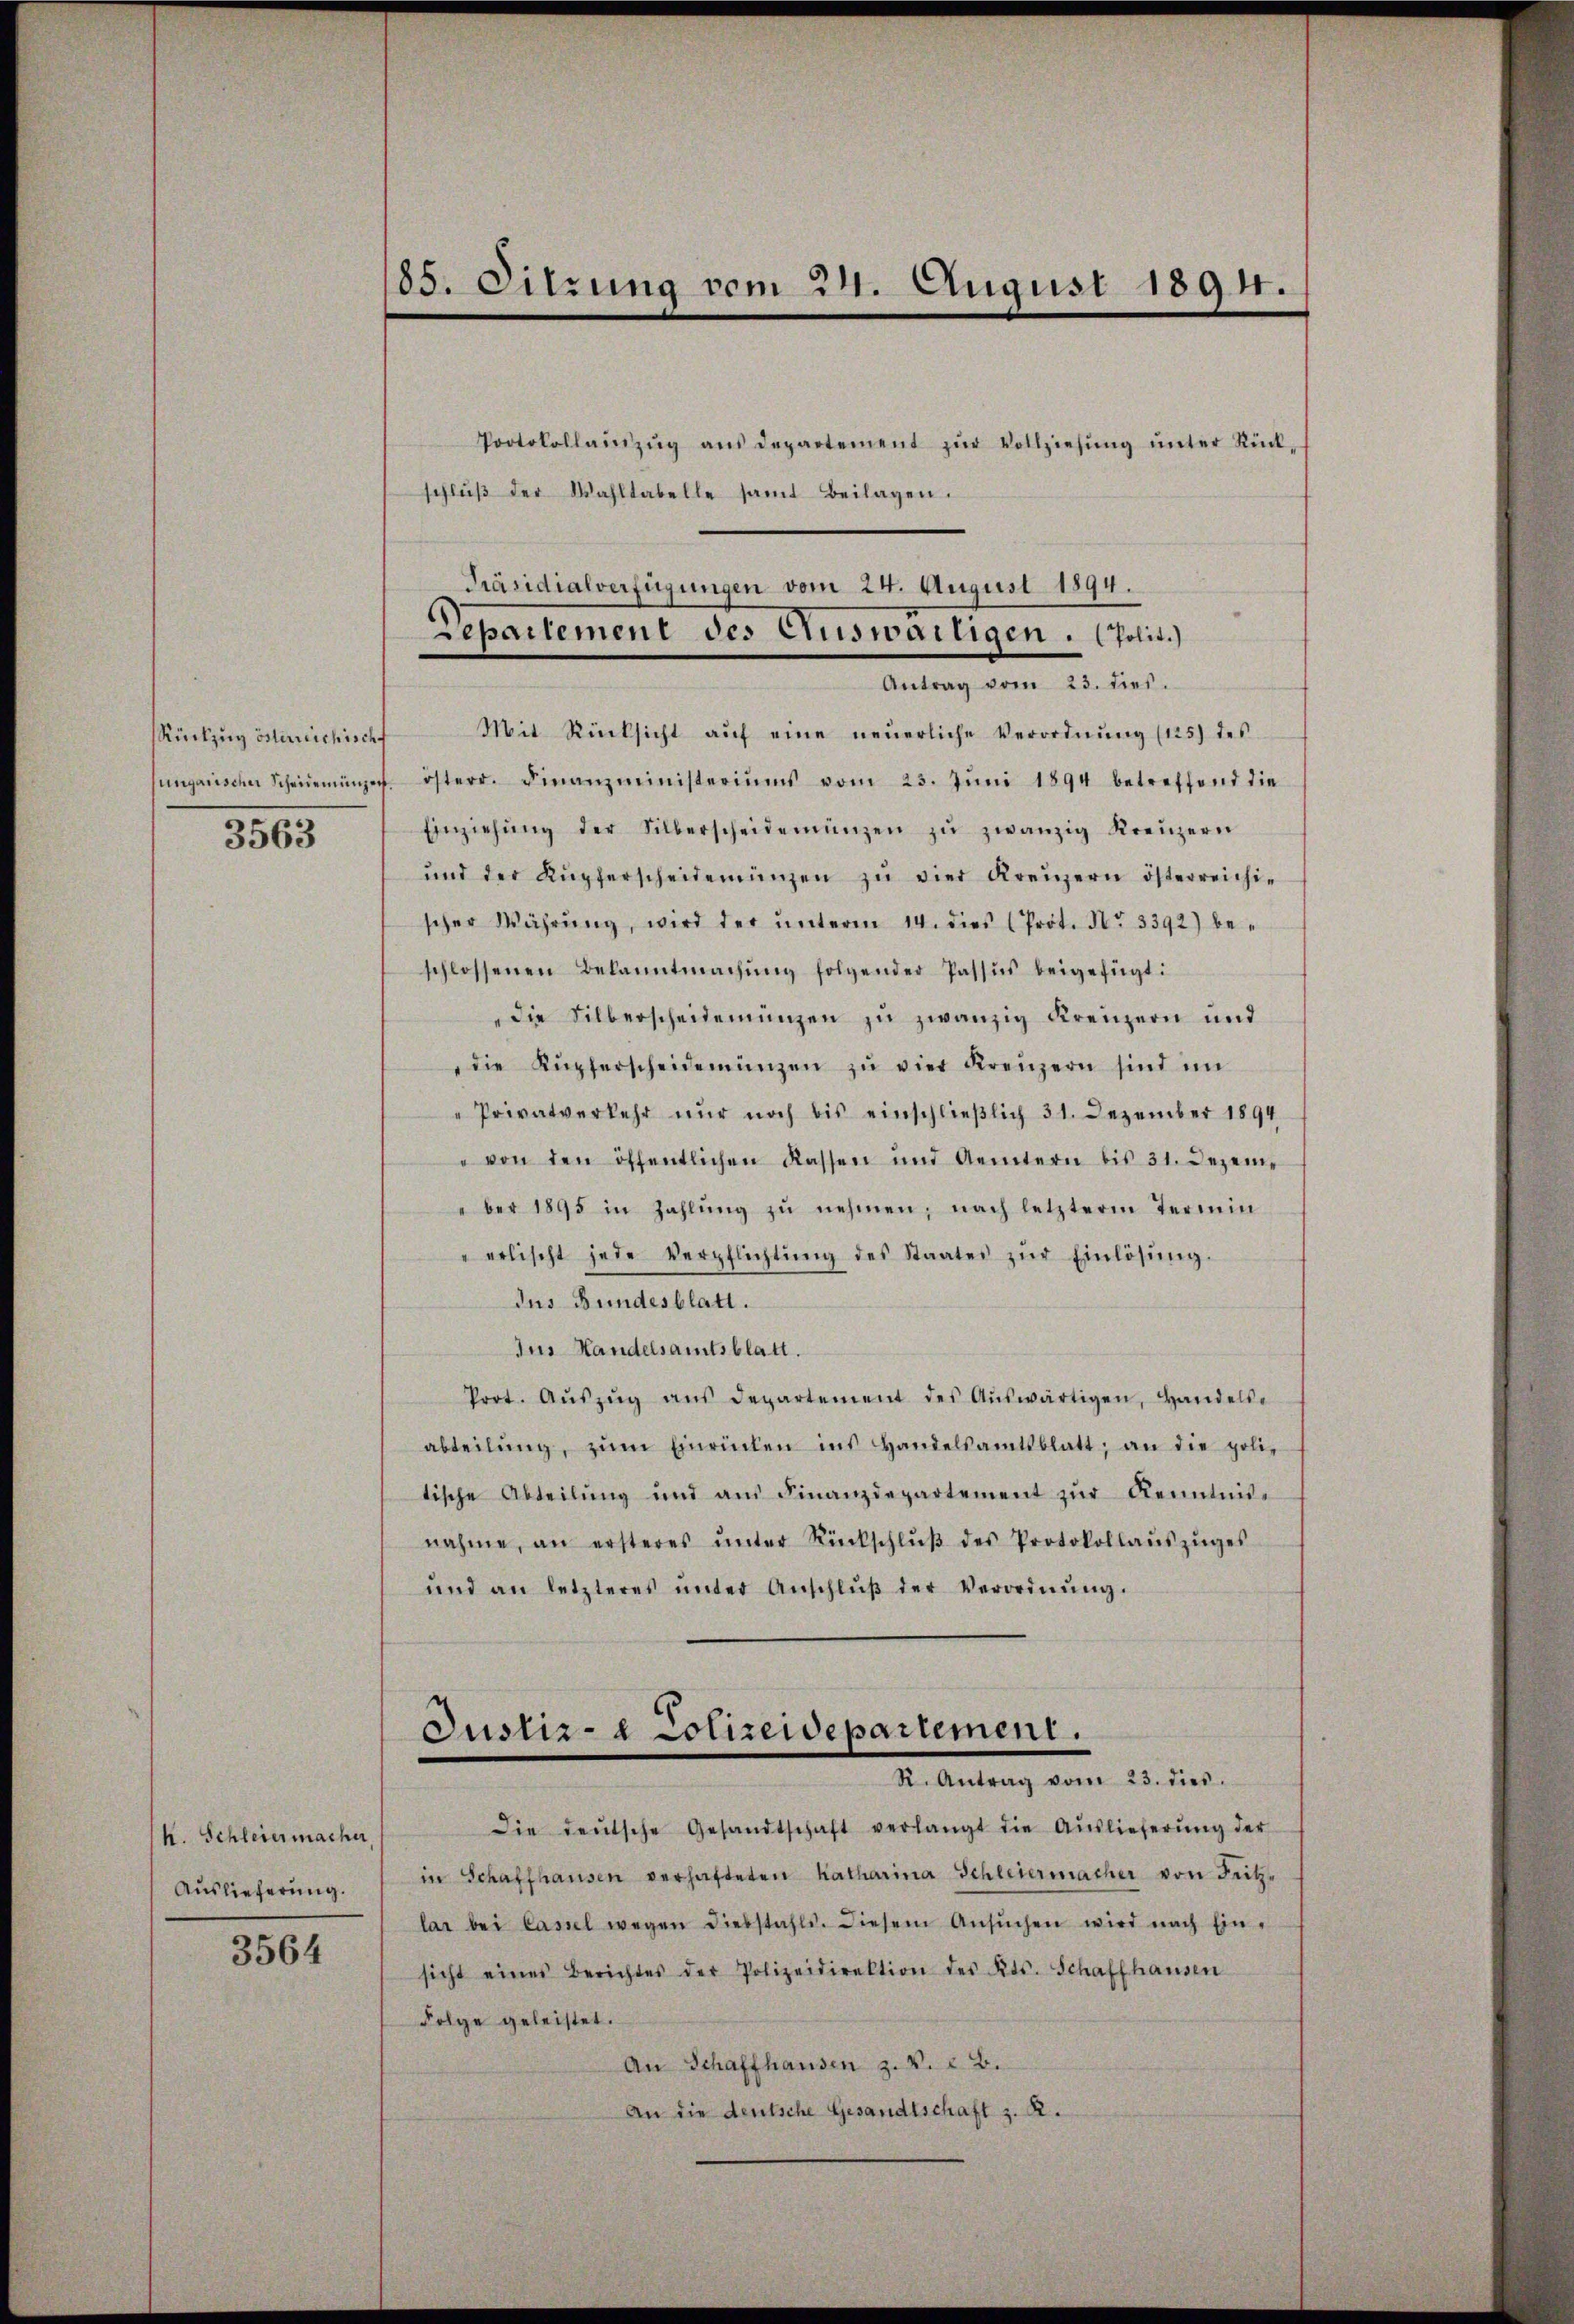
Rückzug verreichischf
3563

k. Schleiermacher,
Auslieferung.

3564

Protokollaŭzŭg aŭs departement zŭr Vollziehŭng ŭnter Rück-
schlŭβ der Wahltabelle samt Beilagen.
Antrag vom 23. dies.
Mit Rücksicht aŭf eine neuerliche Verordnŭng (125) des
ungarischer Scheinemünzen österr. Finanzministeriums vom 23. Jŭni 1894 betreffend die
Einziehŭng der Silberscheidemünzen zŭ zwanzig Kreuzern
ŭnd der Kupferscheidemünzen zŭ vier Kreŭzern österreichi-
scher Währŭng, wird der ŭnterm 14. dies (Prot. Nr. 3392) be-
schlossenen Bekanntmachŭng folgender Passus beigefügt:
die Silberscheidemungen zu zwanzig Kreuzern und
die Kupferscheidemünzen zŭ vier Kreuzern sind im
"Privatverkehr nur noch bis einschlieβlich 31. Dezember 1894
" von den öffentlichen Kassen und Aemtern bis 31. Dezem
ber 1895 in Zahlŭng zŭ nehmen; nach letzterm Termin
erlischt jede Verpflichtŭng des Staates zŭr Einlösung.
dus Bundesblatt.
Ius Handelsamtsblatt.
Prot. Aŭszŭg aŭs departement des Aŭswärtigen, Handels-
abteilŭng, zŭm Einrücken ins Handelsamtsblatt, an die poli-
tische Abteilŭng und am Finanzdepartement zŭr Kenntnis-
nahme, an ersteres ŭnter Rückschlŭβ des Protokollaŭszŭges
ŭnd an letzteres ŭnter Anschlŭβ der Verordnŭng.
Justiz- & Polizeidepartement.

185. Sitzung vom 24. August 1894.

Präsidialverfügungen vom 24. August 1894.
Separtement des Auswaitigen. (Polit.)

I. Antrag vom 25. der

Die deŭtsche Gesandtschaft verlangt die Aŭslieferŭng der
in Schaffhausen verhafteten Katharina Schleiermacher von Seite
lar bei Cassel wegen diebstahls. Diesem Ansŭchen wird nach Ein-
sicht eines Berichtes der Polizeidirektion des Kts. Schaffhausen
Folge geleistet.
An Schaffhausen z. S. 22.
An die deutsche Gesandtschaft z. R.